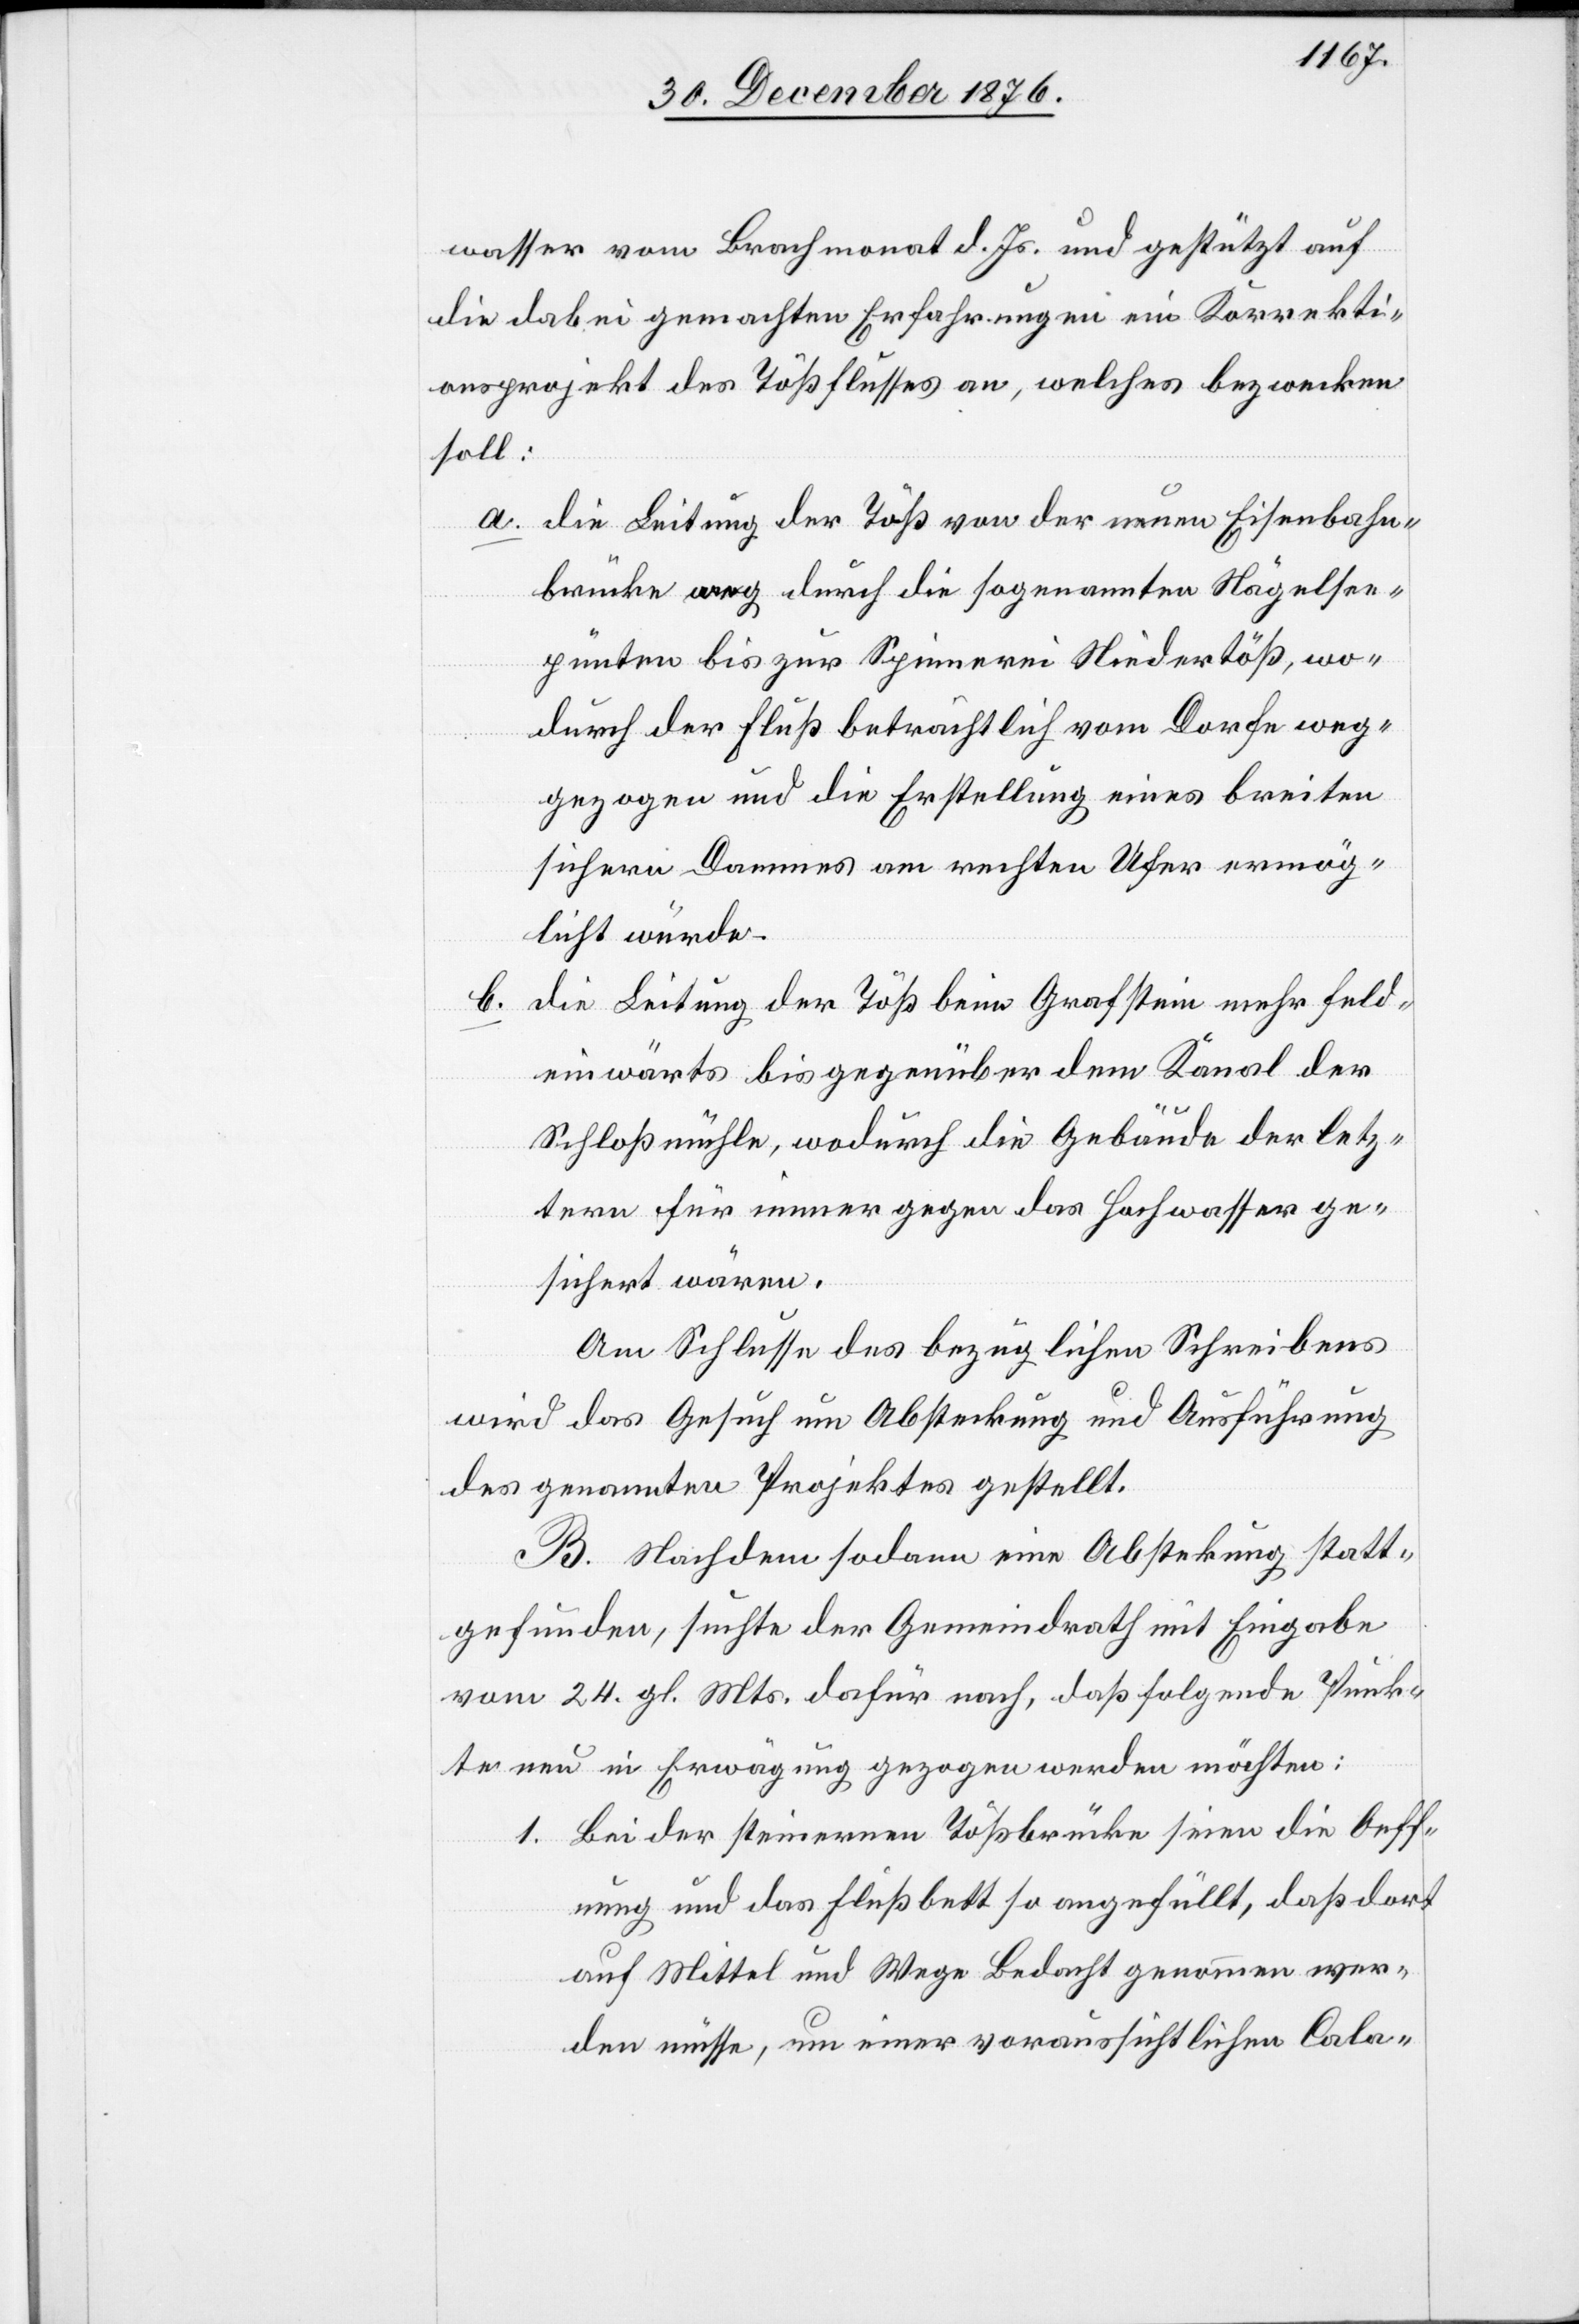
wasser vom Brachmonat d. Js. und gestützt auf
die dabei gemachten Erfahrungen ein Korrekti¬
onsprojekt des Tößflusses an, welches bezwecken
soll:
a. die Leitung der Töß von der neuen Eisenbahn¬
brücke weg durch die sogenannten Nägelsee¬
pünten bis zur Spinnerei Niedertöß, wo¬
durch der Fluß beträchtlich vom Dorfe weg¬
gezogen und die Erstellung eines breiten
sichern Dammes am rechten Ufer ermög¬
licht würde.
b. die Leitung der Töß beim Grafstein mehr Feld¬
einwärts bis gegenüber dem Kanal der
Schloßmühle, wodurch die Gebäude der letz¬
tern für immer gegen das Hochwasser ge¬
sichert wären.
Am Schlusse des bezüglichen Schreibens
wird das Gesuch um Absteckung und Ausführung
des genannten Projektes gestellt.
B. Nachdem sodann eine Absteckung statt¬
gefunden, suchte der Gemeindrath mit Eingabe
vom 24. gl. Mts. dafür nach, daß folgende Punk¬
te neu in Erwägung gezogen werden möchten:
1. Bei der steinernen Tößbrücke seien die Oeff¬
nung und das Flußbett so angefüllt, daß dort
auf Mittel und Wege Bedacht genommen wer¬
den müsse, um einer voraussichtlichen Cala-